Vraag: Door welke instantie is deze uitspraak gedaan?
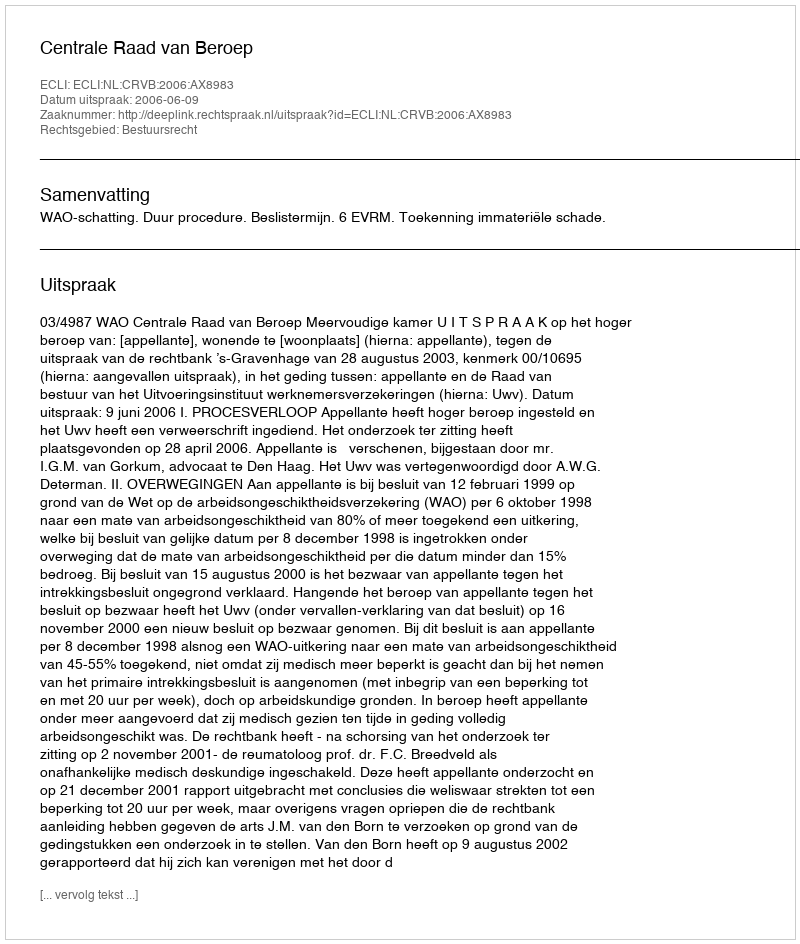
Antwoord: Centrale Raad van Beroep